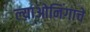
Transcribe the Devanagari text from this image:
ल्याओनिंगाचे